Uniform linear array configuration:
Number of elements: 16
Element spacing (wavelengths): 1
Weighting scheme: hamming
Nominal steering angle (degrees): -30
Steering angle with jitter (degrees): -28.184
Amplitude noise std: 0.05
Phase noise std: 0.05

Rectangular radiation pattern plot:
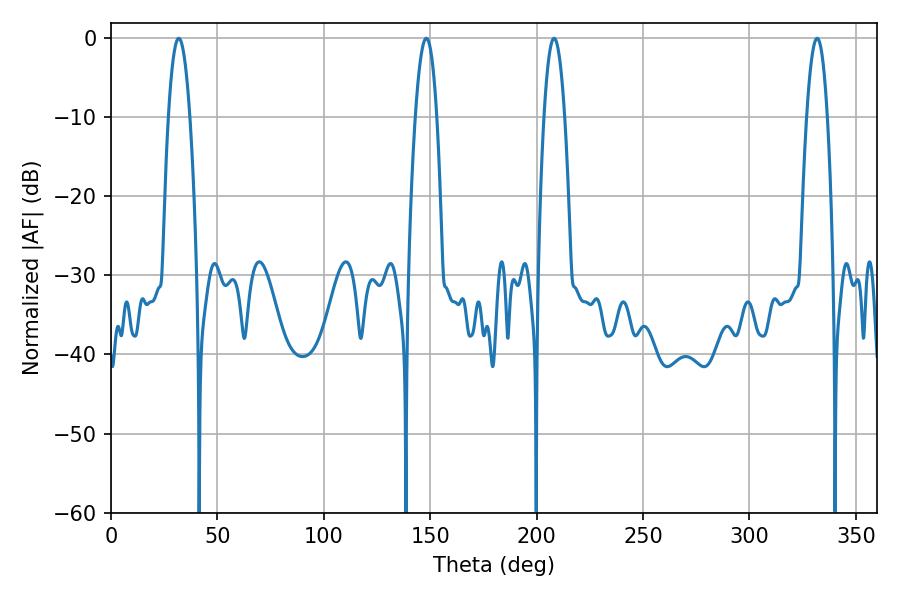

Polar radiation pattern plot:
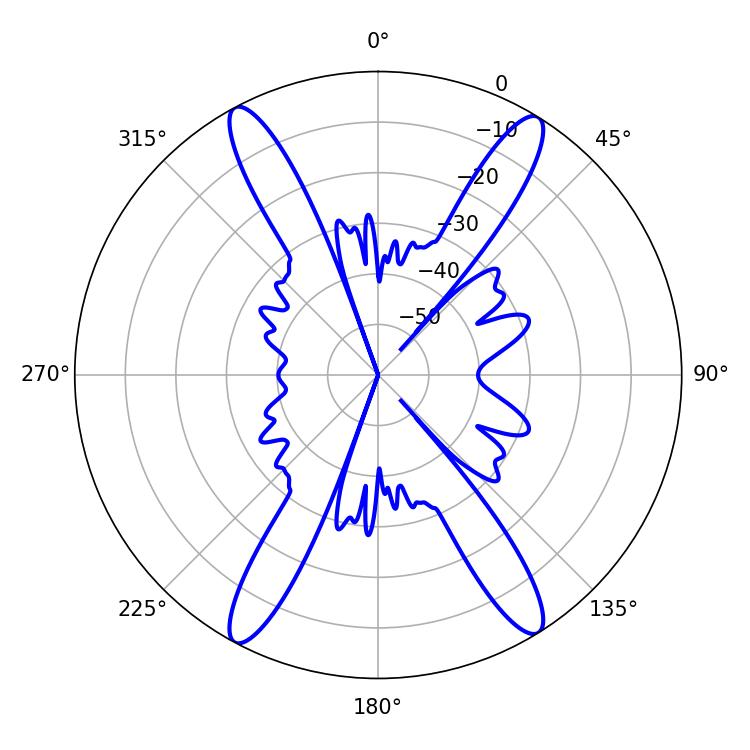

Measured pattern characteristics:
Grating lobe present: TRUE
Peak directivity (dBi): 21.031
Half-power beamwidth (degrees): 5.58
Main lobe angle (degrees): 31.86